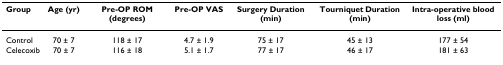
| Group | Age (yr) | Pre-OP ROM (degrees) | Pre-OP VAS | Surgery Duration (min) | Tourniquet Duration (min) | Intra-operative blood loss (ml) |
 | --- | --- | --- | --- | --- | --- | --- |
 | Control | 70 ± 7 | 118 ± 17 | 4.7 ± 1.9 | 75 ± 17 | 45 ± 13 | 177 ± 54 |
 | Celecoxib | 70 ± 7 | 116 ± 18 | 5.1 ± 1.7 | 77 ± 17 | 46 ± 17 | 181 ± 63 |